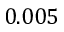
0 . 0 0 5